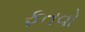
ફતવો